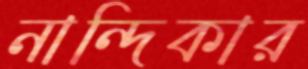
নান্দিকার